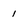
Character: 1